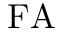
\mathrm { F A }